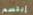
إبتسم